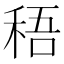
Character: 𥟊